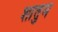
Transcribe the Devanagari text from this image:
शांतुम